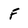
Character: F